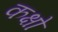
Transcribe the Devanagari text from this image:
कक्षो